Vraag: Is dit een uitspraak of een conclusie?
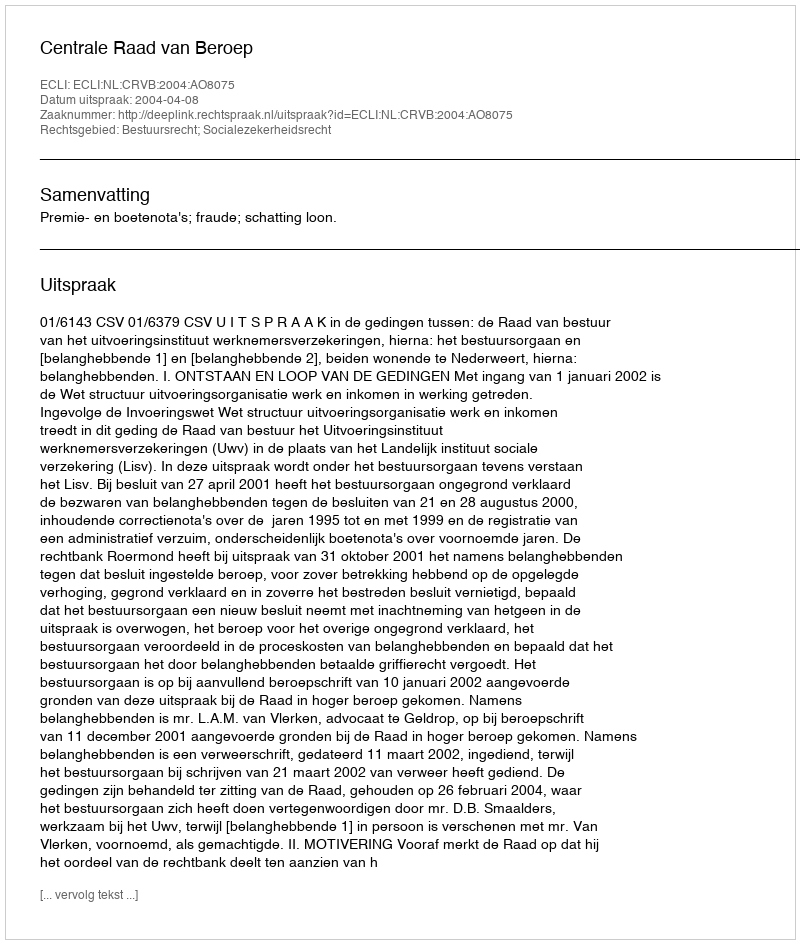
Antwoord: Uitspraak